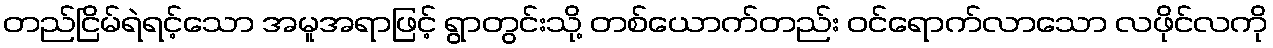
တည်ငြိမ်ရဲရင့်သော အမူအရာဖြင့် ရွာတွင်းသို့ တစ်ယောက်တည်း ဝင်ရောက်လာသော လဖိုင်လကို